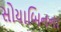
સોયાબિનના